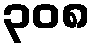
၃၀၈